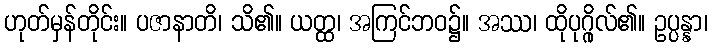
ဟုတ်မှန်တိုင်း။ ပဇာနာတိ၊ သိ၏။ ယတ္ထ၊ အကြင်ဘဝ၌။ အဿ၊ ထိုပုဂ္ဂိုလ်၏။ ဥပ္ပန္နာ၊